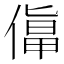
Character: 𠍬